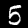
Label: 5